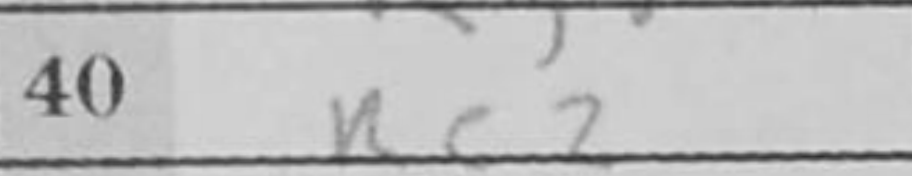
Transcription: Rc2